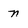
Character: n